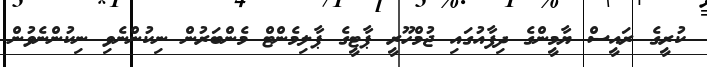
ކުރީގެ ރައީސް ޔާމީންގެ ދިފާއުގައި ޖުމްހޫރީ ޕާޓީގެ ޕާލިމެންޓް މެންބަރުން ނިކުންނެވި ނިކުންނެވުން